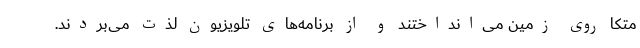
مُتکا روی زمین می‌انداختند و از برنامه‌های تلویزیون لذت می‌بردند.